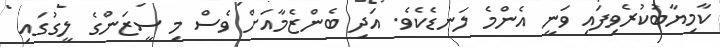
ކާމިޔާބުކުރެވިފައި ވަނީ އެންމެ ލަނޑެކެވެ. އަދި ބެންޒެމާއަށް ވެސް މި ސީޒަންގެ ލީގުގައި